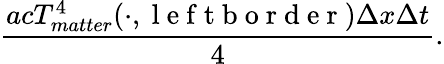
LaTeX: \frac{acT_{matter}^{4}(\cdot,\mathrm{~l~e~f~t~b~o~r~d~e~r~})\Delta x\Delta t}{4}.